Civil Veterinary Dept. Assam report 1927-50 - 1927-1950
Year: 1927
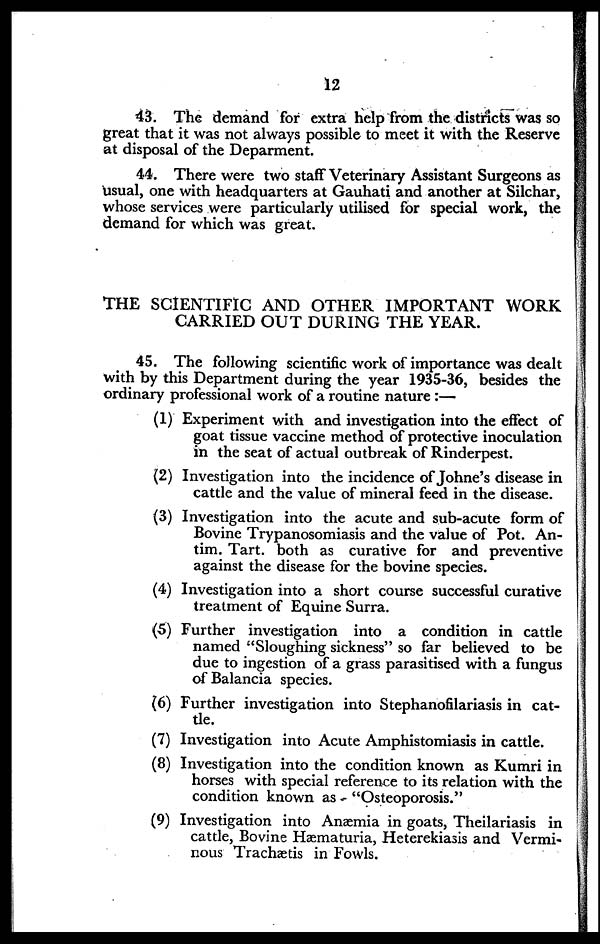
12
43. The demand for extra help from the districts was so
great that it was not always possible to meet it with the Reserve
at disposal of the Deparment.
44. There were two staff Veterinary Assistant Surgeons as
usual, one with headquarters at Gauhati and another at Silchar,
whose services were particularly utilised for special work, the
demand for which was great.
THE SCIENTIFIC AND OTHER IMPORTANT WORK
CARRIED OUT DURING THE YEAR.
45. The following scientific work of importance was dealt
with by this Department during the year 1935-36, besides the
ordinary professional work of a routine nature :—
(1) Experiment with and investigation into the effect of
goat tissue vaccine method of protective inoculation
in the seat of actual outbreak of Rinderpest.
(2) Investigation into the incidence of Johne's disease in
cattle and the value of mineral feed in the disease.
(3) Investigation into the acute and sub-acute form of
Bovine Trypanosomiasis and the value of Pot. An-
tim. Tart, both as curative for and preventive
against the disease for the bovine species.
(4) Investigation into a short course successful curative
treatment of Equine Surra.
(5) Further investigation into a condition in cattle
named "Sloughing sickness" so far believed to be
due to ingestion of a grass parasitised with a fungus
of Balancia species.
(6) Further investigation into Stephanofilariasis in cat-
tle.
(7) Investigation into Acute Amphistomiasis in cattle.
(8) Investigation into the condition known as Kumri in
horses with special reference to its relation with the
condition known as "Osteoporosis."
(9) Investigation into Anaemia in goats, Theilariasis in
cattle, Bovine Hæmaturia, Heterekiasis and Vermi-
nous Trachætis in Fowls.